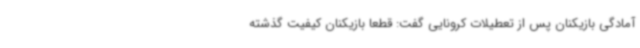
آمادگی بازیکنان پس از تعطیلات کرونایی گفت: قطعا بازیکنان کیفیت گذشته